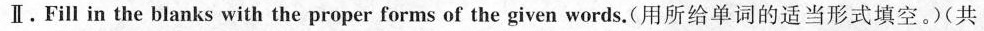
Ⅱ.Fill in the blanks with the proper forms of the given words.(用所给单词的适当形式填空.(共